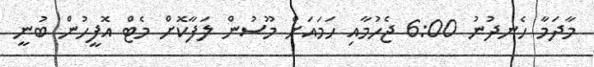
މާދަމާ ހެނދުނު 6:00 ޖެހުމާއި ހަމައަށް މޫސުން ލަފާކޮށް މެޓް އޮފީހުން ބުނީ